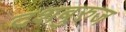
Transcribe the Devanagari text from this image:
दशबुरुज